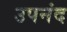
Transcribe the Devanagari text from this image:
उपनंद